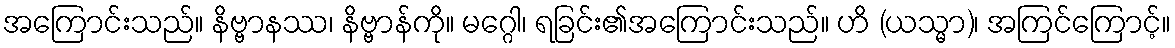
အကြောင်းသည်။ နိဗ္ဗာနဿ၊ နိဗ္ဗာန်ကို။ မဂ္ဂေါ၊ ရခြင်း၏အကြောင်းသည်။ ဟိ (ယသ္မာ)၊ အကြင်ကြောင့်။